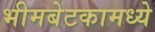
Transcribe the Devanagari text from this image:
भीमबेटकामध्ये